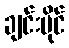
ချင်းမိုင်